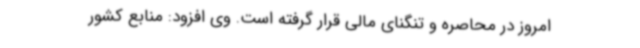
امروز در محاصره و تنگنای مالی قرار گرفته است. وی افزود: منابع کشور